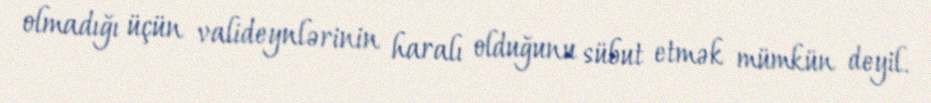
olmadığı üçün valideynlərinin haralı olduğunu sübut etmək mümkün deyil.